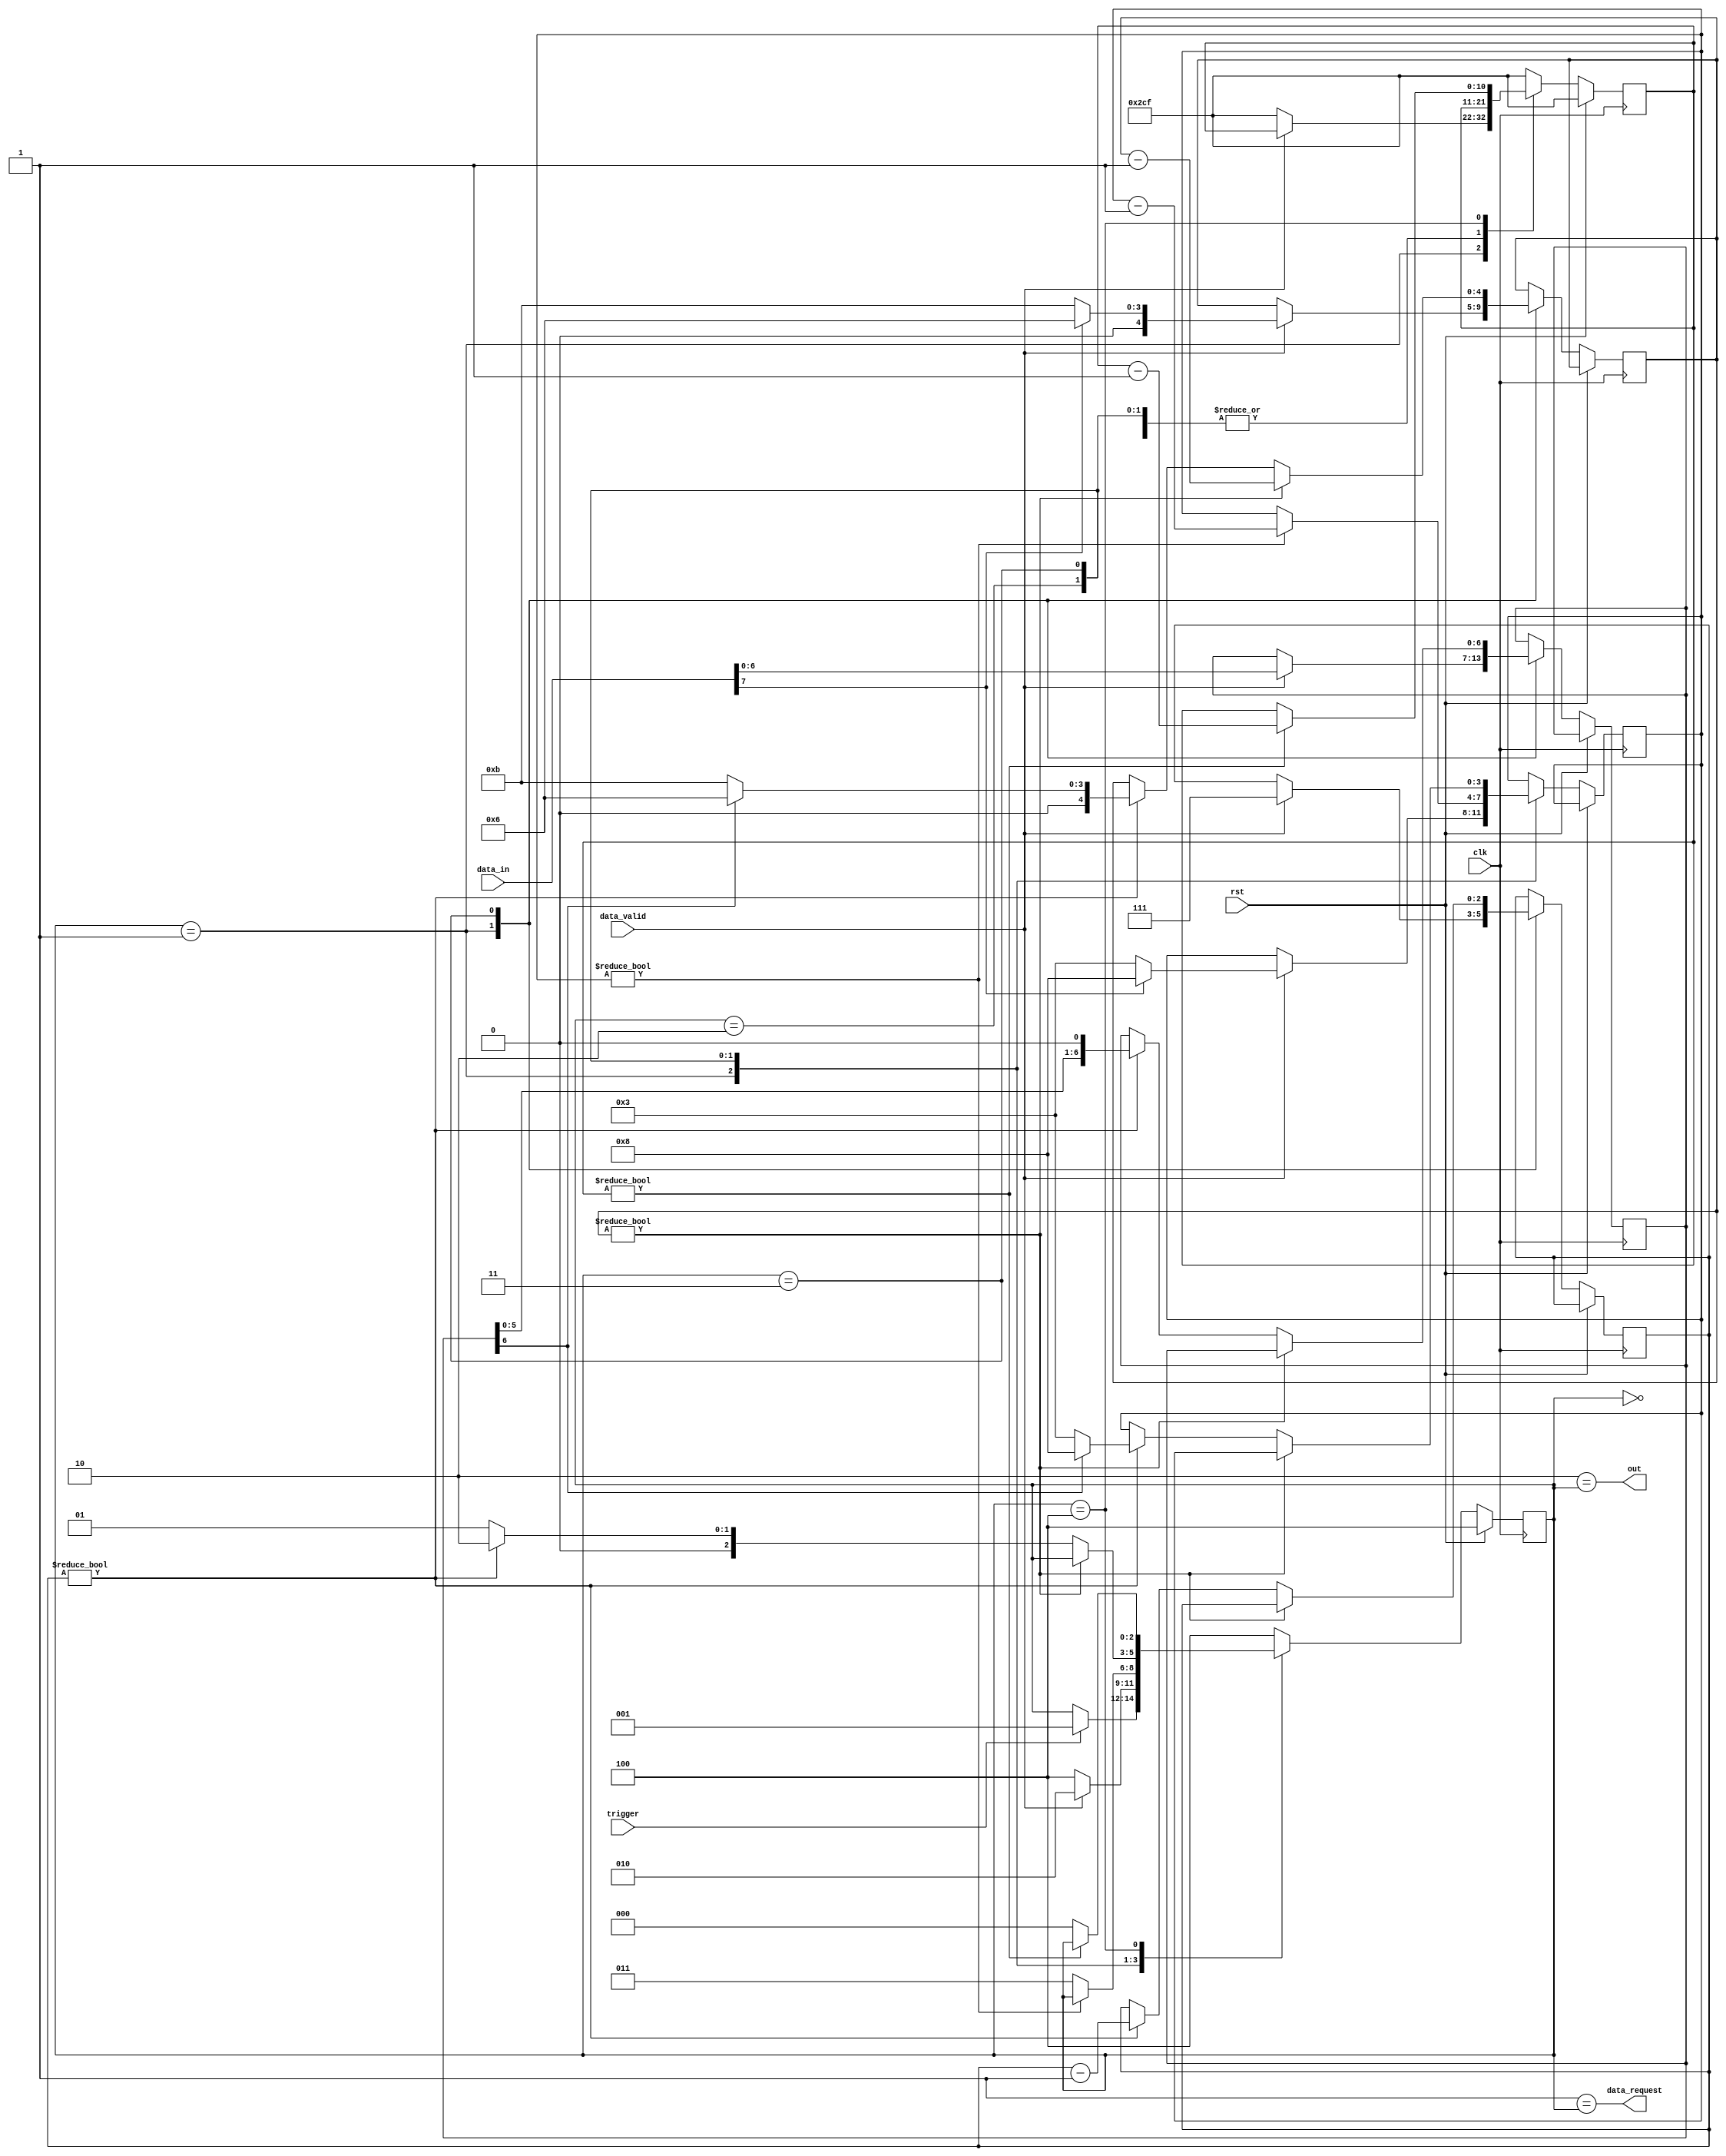
`default_nettype none

module ws2812_output_shifter(input wire clk, input wire rst, input wire trigger, input wire [7:0] data_in, input wire data_valid,
		output wire data_request, output wire out);

	// INPUT_CLOCK should not be much smaller than 12MHz
	parameter INPUT_CLOCK = 12_000_000;

	localparam TIME_T0H   = $rtoi( 350e-9 * INPUT_CLOCK) - 1;
	localparam TIME_T0L   = $rtoi(1050e-9 * INPUT_CLOCK) - 1;
	localparam TIME_T1H   = $rtoi( 800e-9 * INPUT_CLOCK) - 1;
	localparam TIME_T1L   = $rtoi( 600e-9 * INPUT_CLOCK) - 1;
	localparam TIME_RESET = $rtoi(  60e-6 * INPUT_CLOCK) - 1;

	localparam MAXTIME_HI = (TIME_T0H > TIME_T1H) ? TIME_T0H : TIME_T1H;
	localparam MAXTIME_LO = (TIME_T0L > TIME_T1L) ? TIME_T0L : TIME_T1L;

	// possible state
	localparam IDLE = 0;
	localparam RECEIVE = 1;
	localparam TRANSMIT_HI = 2;
	localparam TRANSMIT_LO = 3;
	localparam TAILGUARD = 4;

	reg [$clog2(TAILGUARD):0] state = TAILGUARD;

	reg [6:0] tx_data;
	reg [$clog2(7)-1:0] tx_bits;
	reg [$clog2(MAXTIME_HI):0] timer_high;
	reg [$clog2(MAXTIME_LO):0] timer_low;
	reg [$clog2(TIME_RESET):0] timer_tail = TIME_RESET;

	assign data_request = (RECEIVE == state);
	assign out = (TRANSMIT_HI == state);

	always @ (posedge clk) begin
		if(rst) begin
			state <= TAILGUARD;
			timer_tail <= TIME_RESET;
		end else begin
			case(state)
				IDLE: begin
					if(trigger) begin
						state <= RECEIVE;
					end
				end

				RECEIVE: begin
					if(data_valid) begin
						timer_high <= (data_in[7]) ? TIME_T1H : TIME_T0H;
						timer_low  <= (data_in[7]) ? TIME_T1L : TIME_T0L;
						tx_data <= data_in[6:0];
						tx_bits <= 7;
						state <= TRANSMIT_HI;
					end else begin
						timer_tail <= TIME_RESET;
						state <= TAILGUARD;
					end
				end

				TRANSMIT_HI: begin
					if(timer_high) begin
						timer_high <= timer_high-1;
					end else begin
						state <= TRANSMIT_LO;
					end
				end

				TRANSMIT_LO: begin
					if(timer_low) begin
						timer_low <= timer_low-1;
					end else begin
						if(tx_bits) begin
							timer_high <= (tx_data[6]) ? TIME_T1H : TIME_T0H;
							timer_low  <= (tx_data[6]) ? TIME_T1L : TIME_T0L;
							tx_data <= {tx_data[5:0], 1'b0};
							tx_bits <= tx_bits-1;
							state <= TRANSMIT_HI;
						end else begin
							state <= RECEIVE;
						end
					end
				end

				TAILGUARD: begin
					if(timer_tail)
						timer_tail <= timer_tail-1;
					else
						state <= IDLE;
				end

				default: begin
					state <= TAILGUARD;
					timer_tail <= TIME_RESET;
				end
			endcase
		end
	end

endmodule